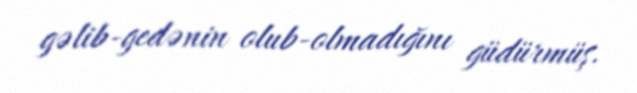
gəlib-gedənin olub-olmadığını güdürmüş.